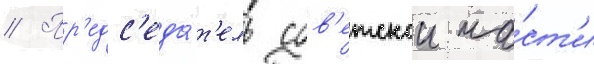
// Пр'едс'еда́т'ель сов'етскои ча́ст'и